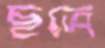
ছত্রে